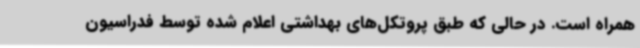
همراه است. در حالی که طبق پروتکل‌های بهداشتی اعلام شده توسط فدراسیون